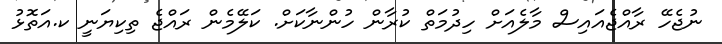
ނުޖެހޭ ރާއްޖެއައިސް މާލެއަށް ހިދުމަތް ކުރާން ހުންނާކަށް. ކަލޭމެން ރައްޖެ ތިކިޔަނީ ކ.އަތޮޅު